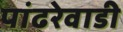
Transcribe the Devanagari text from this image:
पांढरेवाडी